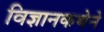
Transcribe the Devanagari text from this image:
विज्ञानकथेने